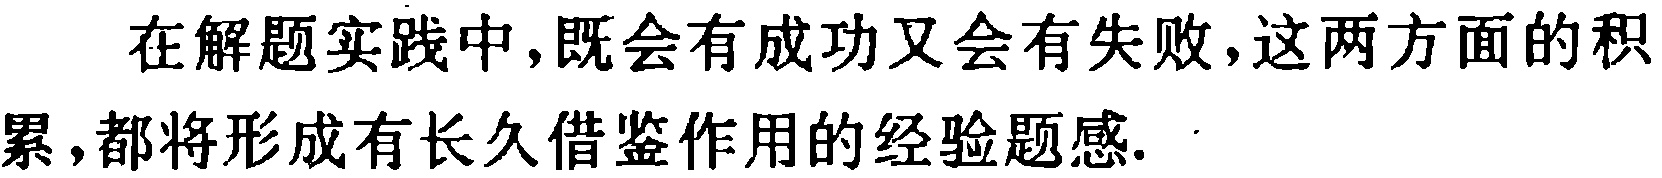
在解题实践中,既会有成功又会有失败,这两方面的积累,都将形成有长久借鉴作用的经验题感.